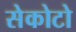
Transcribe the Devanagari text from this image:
सेकोटो